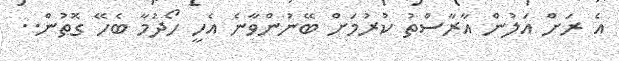
އެ ރަށް އަލުން އާރާސްތު ކުރުމަށް ބޭނުންވާނެ އެހީ ހޯދުމާ ބެހޭ ގޮތުން..